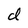
Character: d